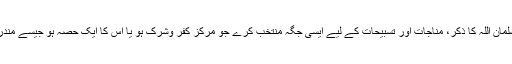
اسی طرح اگر کوئی مسلمان اللہ کا ذکر، مناجات اور تسبیحات کے لیے ایسی جگہ منتخب کرے جو مرکز کفر وشرک ہو یا اس کا ایک حصہ ہو جیسے مندر، آشرم اور مٹھ وغیرہ۔